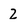
Character: 2